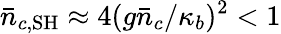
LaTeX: \bar{n}_{c,\textrm{SH}}\approx 4(g\bar{n}_{c}/\kappa_{b})^{2}<1